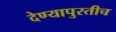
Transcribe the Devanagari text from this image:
देण्यापुरतीच